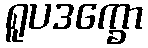
ရူပဒက္ခော